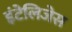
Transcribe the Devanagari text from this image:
इंटेलिजेस